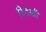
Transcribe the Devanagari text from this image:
दिवळी